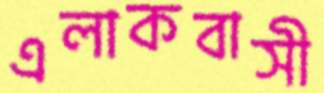
এলাকবাসী